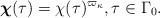
\begin{align*}\boldsymbol{\chi}(\tau)=\chi (\tau)^{\varpi_\kappa},\tau \in \Gamma_0.\end{align*}